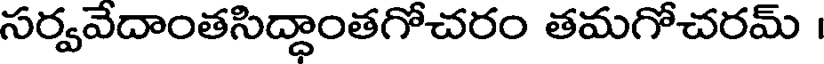
సర్వవేదాంతసిద్ధాంతగోచరం తమగోచరమ్